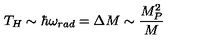
T _ { H } \sim \hbar \omega _ { r a d } = \Delta M \sim \frac { M _ { P } ^ { 2 } } { M }